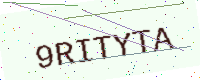
Text: 9RITYTA